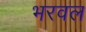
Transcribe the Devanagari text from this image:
भरवल